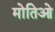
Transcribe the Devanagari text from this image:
मोतिओ